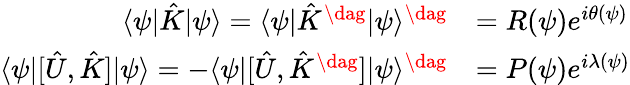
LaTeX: \begin{array}{rl}{\langle\psi|\hat{K}|\psi\rangle=\langle\psi|\hat{K}^{\dag}|\psi\rangle^{\dag}}&{=R(\psi)e^{i\theta(\psi)}}\\ {\langle\psi|[\hat{U},\hat{K}]|\psi\rangle=-\langle\psi|[\hat{U},\hat{K}^{\dag}]|\psi\rangle^{\dag}}&{=P(\psi)e^{i\lambda(\psi)}}\end{array}